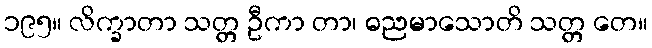
၁၉၅။ လိက္ခာတာ သတ္တ ဦကာ တာ၊ ဓညမာသောတိ သတ္တ တေ။